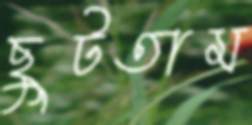
ছুটতাম